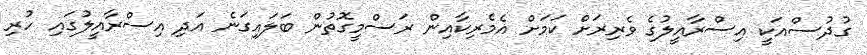
ގުދުސްއަކީ އިސްރާއީލުގެ ވެރިރަށް ކަމަށް އެމެރިކާއިން ރަސްމީގޮތުން ބަލައިގަނެ އަދި އިސްރާއީލުގައި ހުރި